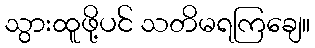
သွားထူဖို့ပင် သတိမရကြချေ။